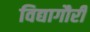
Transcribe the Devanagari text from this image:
विद्यागौरी